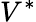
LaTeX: V^{*}